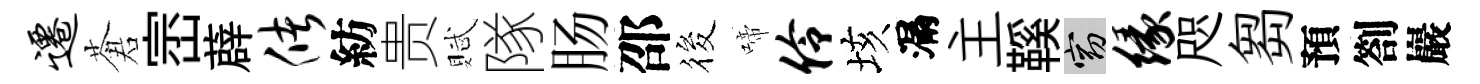
迁蒼崈薜储紡贵賦隊肠邵筱啼伶垓漏主鞵窈缘咫芻預劄巖